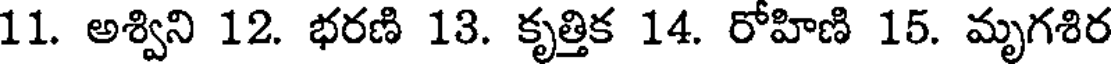
11. అశ్విని 12. భరణి 13. కృత్తిక 14. రోహిణి 15. మృగశిర